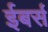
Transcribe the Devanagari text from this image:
ईबर्स